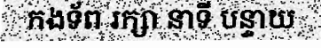
កងទ័ព រក្សា នាទី បន្ទាយ